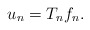
\begin{align*}u_n = T_n f_n.\end{align*}